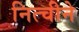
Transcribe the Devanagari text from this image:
नित्चीने